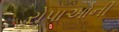
રોપાઓની